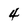
Character: 4